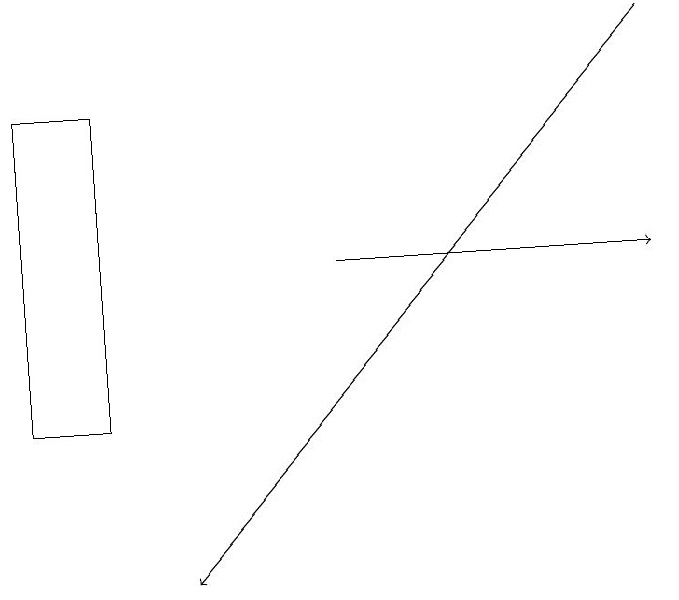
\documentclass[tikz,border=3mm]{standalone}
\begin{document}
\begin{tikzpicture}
\draw[->] (8,18) -- (2,11);
\draw[->] (4,15) -- (8,15);
\draw (0,17) rectangle (1,13);
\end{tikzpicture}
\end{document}